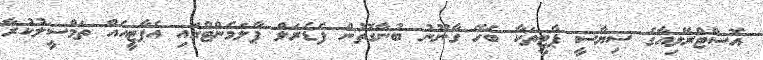
އޮސްޓްރޭލިއާގެ ސިޔާސީ ޕާޓީތަކާ ބެހޭ ގާނޫނު ބުނާގޮތުން ފެޑެރަލް ޕާލަމެންޓްގައި އެޕާޓީއެއް ތަމްސީލުކުރާ